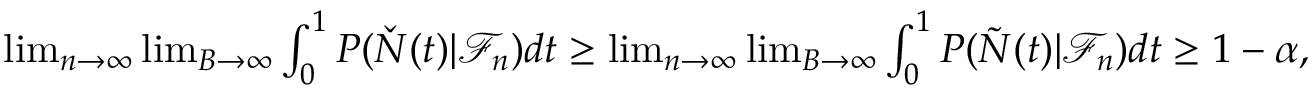
\begin{array} { r } { \operatorname* { l i m } _ { n \to \infty } \operatorname* { l i m } _ { B \to \infty } \int _ { 0 } ^ { 1 } P ( \check { N } ( t ) | \mathcal { F } _ { n } ) d t \geq \operatorname* { l i m } _ { n \to \infty } \operatorname* { l i m } _ { B \to \infty } \int _ { 0 } ^ { 1 } P ( \tilde { N } ( t ) | \mathcal { F } _ { n } ) d t \geq 1 - \alpha , } \end{array}